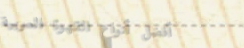
أفضل أنواع القهوة العربية